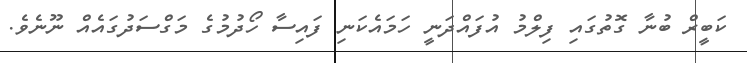
ކަބީރް ބުނާ ގޮތުގައި ފިލްމު އުފައްދަނީ ހަމައެކަނި ފައިސާ ހޯދުމުގެ މަގްސަދުގައެއް ނޫނެވެ.